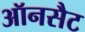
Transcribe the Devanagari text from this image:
ऑनसैट